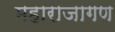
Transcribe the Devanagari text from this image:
महाराजागण